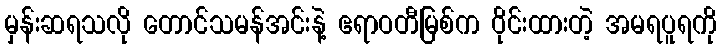
မှန်းဆရသလို တောင်သမန်အင်းနဲ့ ဧရာဝတီမြစ်က ဝိုင်းထားတဲ့ အမရပူရကို